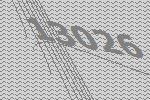
13026